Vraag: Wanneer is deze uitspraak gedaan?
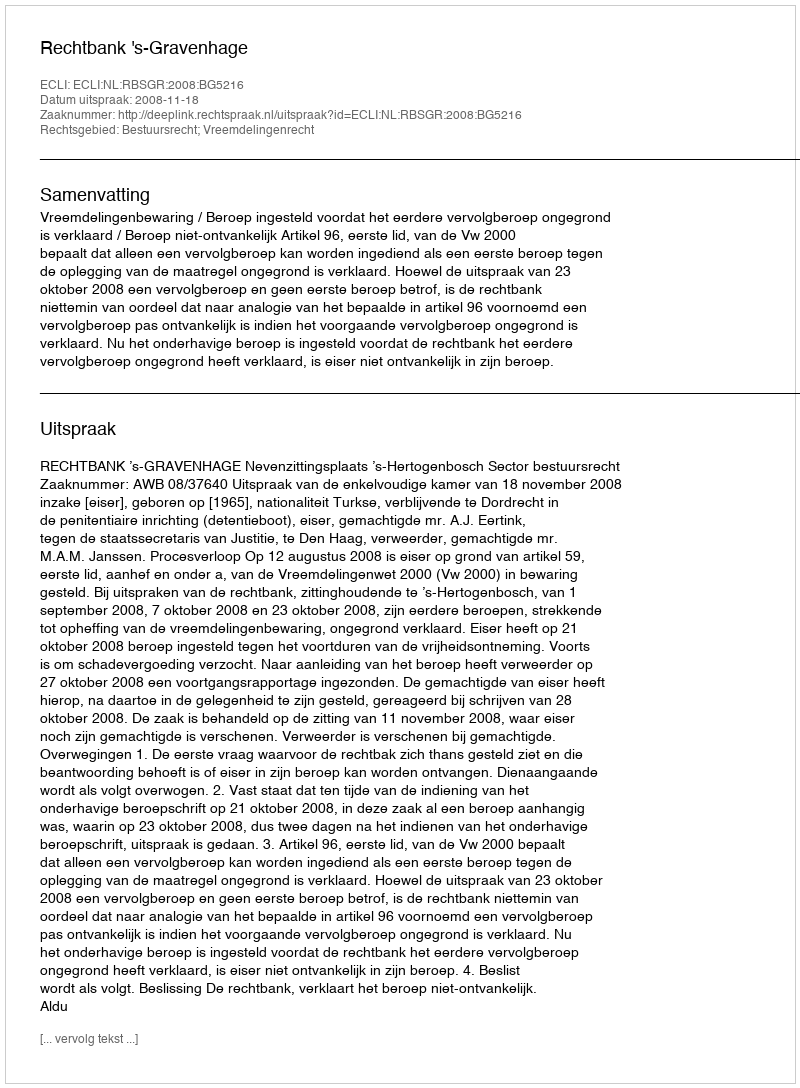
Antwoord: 2008-11-18